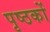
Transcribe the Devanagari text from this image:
पृष्ठकों